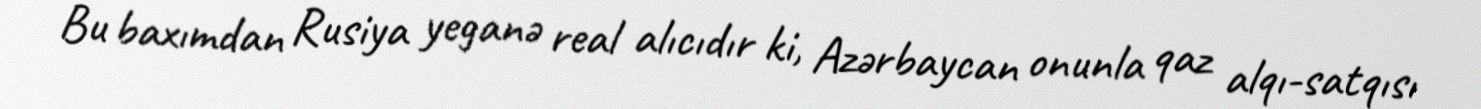
Bu baxımdan Rusiya yeganə real alıcıdır ki, Azərbaycan onunla qaz alqı-satqısı